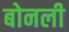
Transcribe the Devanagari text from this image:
बोनली